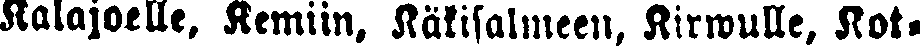
Kalajoelle. Kemiin. Käkisalmeen, Kirwulle, Kot-